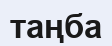
таңба